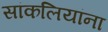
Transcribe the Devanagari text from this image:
सांकलियांना